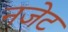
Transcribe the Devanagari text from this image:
नजेट